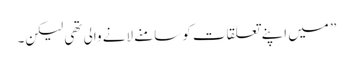
” میں اپنے تعلقات کو سامنے لانے والی تھی لیکن۔